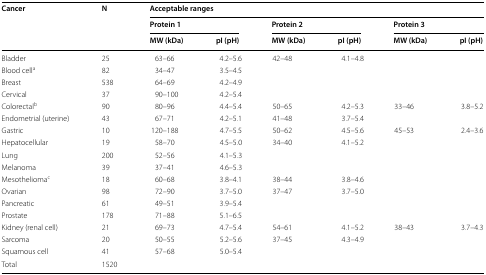
<table><thead><tr><td rowspan="3"><b>Cancer</b></td><td rowspan="3"><b>N</b></td><td colspan="6"><b>Acceptable ranges</b></td></tr><tr><td colspan="2"><b>Protein 1</b></td><td colspan="2"><b>Protein 2</b></td><td colspan="2"><b>Protein 3</b></td></tr><tr><td><b>MW (kDa)</b></td><td><b>pI (pH)</b></td><td><b>MW (kDa)</b></td><td><b>pI (pH)</b></td><td><b>MW (kDa)</b></td><td><b>pI (pH)</b></td></tr></thead><tbody><tr><td>Bladder</td><td>25</td><td>63–66</td><td>4.2–5.6</td><td>42–48</td><td>4.1–4.8</td><td></td><td></td></tr><tr><td>Blood cell<sup>a</sup></td><td>82</td><td>34–47</td><td>3.5–4.5</td><td></td><td></td><td></td><td></td></tr><tr><td>Breast</td><td>538</td><td>64–69</td><td>4.2–4.9</td><td></td><td></td><td></td><td></td></tr><tr><td>Cervical</td><td>37</td><td>90–100</td><td>4.2–5.4</td><td></td><td></td><td></td><td></td></tr><tr><td>Colorectal<sup>b</sup></td><td>90</td><td>80–96</td><td>4.4–5.4</td><td>50–65</td><td>4.2–5.3</td><td>33–46</td><td>3.8–5.2</td></tr><tr><td>Endometrial (uterine)</td><td>43</td><td>67–71</td><td>4.2–5.1</td><td>41–48</td><td>3.7–5.4</td><td></td><td></td></tr><tr><td>Gastric</td><td>10</td><td>120–188</td><td>4.7–5.5</td><td>50–62</td><td>4.5–5.6</td><td>45–53</td><td>2.4–3.6</td></tr><tr><td>Hepatocellular</td><td>19</td><td>58–70</td><td>4.5–5.0</td><td>34–40</td><td>4.1–5.2</td><td></td><td></td></tr><tr><td>Lung</td><td>200</td><td>52–56</td><td>4.1–5.3</td><td></td><td></td><td></td><td></td></tr><tr><td>Melanoma</td><td>39</td><td>37–41</td><td>4.6–5.3</td><td></td><td></td><td></td><td></td></tr><tr><td>Mesothelioma<sup>c</sup></td><td>18</td><td>60–68</td><td>3.8–4.1</td><td>38–44</td><td>3.8–4.6</td><td></td><td></td></tr><tr><td>Ovarian</td><td>98</td><td>72–90</td><td>3.7–5.0</td><td>37–47</td><td>3.7–5.0</td><td></td><td></td></tr><tr><td>Pancreatic</td><td>61</td><td>49–51</td><td>3.9–5.4</td><td></td><td></td><td></td><td></td></tr><tr><td>Prostate</td><td>178</td><td>71–88</td><td>5.1–6.5</td><td></td><td></td><td></td><td></td></tr><tr><td>Kidney (renal cell)</td><td>21</td><td>69–73</td><td>4.7–5.4</td><td>54–61</td><td>4.1–5.2</td><td>38–43</td><td>3.7–4.3</td></tr><tr><td>Sarcoma</td><td>20</td><td>50–55</td><td>5.2–5.6</td><td>37–45</td><td>4.3–4.9</td><td></td><td></td></tr><tr><td>Squamous cell</td><td>41</td><td>57–68</td><td>5.0–5.4</td><td></td><td></td><td></td><td></td></tr><tr><td>Total</td><td>1520</td><td></td><td></td><td></td><td></td><td></td><td></td></tr></tbody></table>